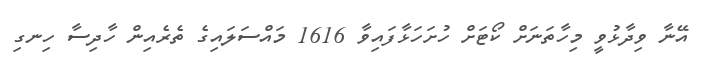
އޭނާ ވިދާޅުވީ މިހާތަނަށް ކޯޓަށް ހުށަހަޅާފައިވާ 1616 މައްސަލައިގެ ތެރެއިން ހާދިސާ ހިނގި